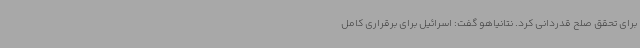
برای تحقق صلح قدردانی کرد. نتانیاهو گفت: اسرائیل برای برقراری کامل